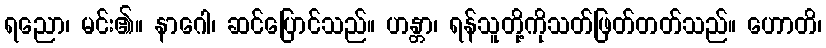
ရညော၊ မင်း၏။ နာဂေါ၊ ဆင်ပြောင်သည်။ ဟန္တာ၊ ရန်သူတို့ကိုသတ်ဖြတ်တတ်သည်။ ဟောတိ၊